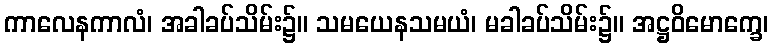
ကာလေနကာလံ၊ အခါခပ်သိမ်း၌။ သမယေနသမယံ၊ မခါခပ်သိမ်း၌။ အဋ္ဌဝိမောက္ခေ၊